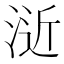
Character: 𣷯